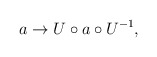
\begin{align*}a\rightarrow U\circ a\circ U^{-1}, \end{align*}